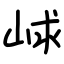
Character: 㟈